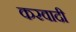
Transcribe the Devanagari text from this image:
करवादी